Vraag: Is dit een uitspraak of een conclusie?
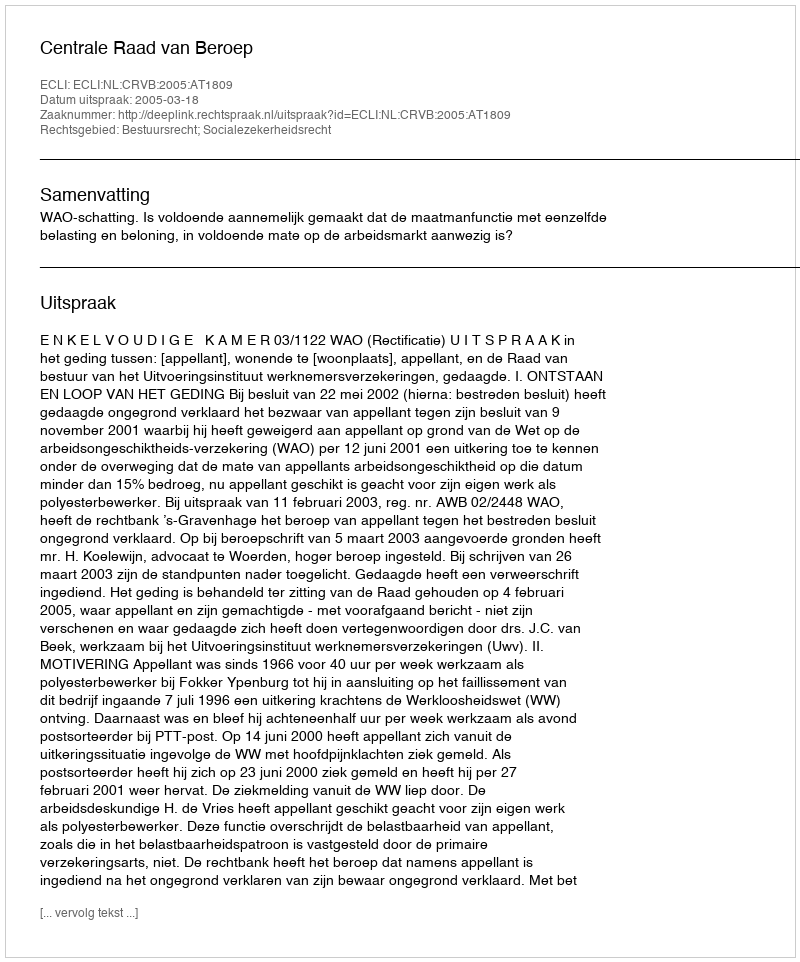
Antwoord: Uitspraak